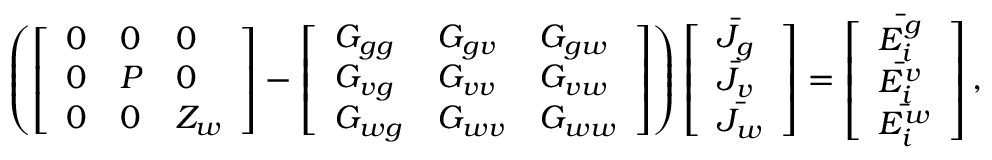
\begin{array} { r } { \left( \left[ \begin{array} { l l l } { 0 } & { 0 } & { 0 } \\ { 0 } & { P } & { 0 } \\ { 0 } & { 0 } & { Z _ { w } } \end{array} \right] - \left[ \begin{array} { l l l } { G _ { g g } } & { G _ { g v } } & { G _ { g w } } \\ { G _ { v g } } & { G _ { v v } } & { G _ { v w } } \\ { G _ { w g } } & { G _ { w v } } & { G _ { w w } } \end{array} \right] \right) \left[ \begin{array} { l } { \bar { J _ { g } } } \\ { \bar { J _ { v } } } \\ { \bar { J _ { w } } } \end{array} \right] = \left[ \begin{array} { l } { \bar { E _ { i } ^ { g } } } \\ { \bar { E _ { i } ^ { v } } } \\ { \bar { E _ { i } ^ { w } } } \end{array} \right] , } \end{array}